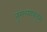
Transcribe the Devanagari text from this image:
तुमच्याक़डून